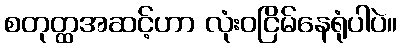
စတုတ္ထအဆင့်ဟာ လုံးဝငြိမ်နေရုံပါပဲ။